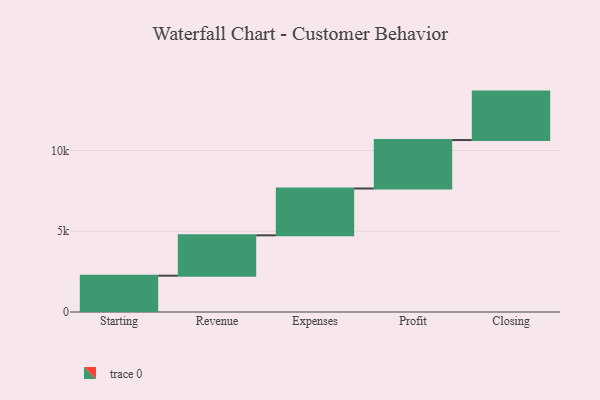
{"axis": {"x": "Step", "y": "Value"}, "legend": [""], "data": [{"x": "Starting", "y": 2249.0, "type": ""}, {"x": "Revenue", "y": 2498.0, "type": ""}, {"x": "Expenses", "y": 2899.0, "type": ""}, {"x": "Profit", "y": 3000, "type": ""}, {"x": "Closing", "y": 3000, "type": ""}]}